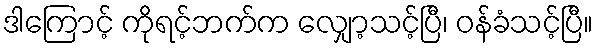
ဒါကြောင့် ကိုရင့်ဘက်က လျှော့သင့်ပြီ၊ ဝန်ခံသင့်ပြီ။